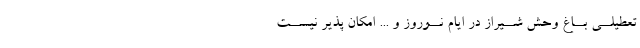
تعطیلــى بــاغ وحش شــیراز در ایام نــوروز و ... امکان پذیر نیســت